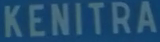
KENITRA